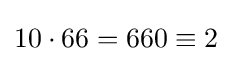
10\cdot 66=660\equiv {2}